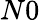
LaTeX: N0